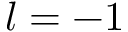
l = - 1